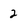
Character: 2